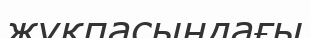
жұқпасындағы